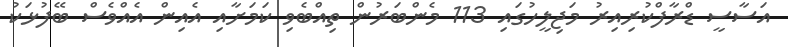
އަސާސީ ޑްރާފްކުރިއިރު މަޖިލީހުގައި 113 މެންބަރުން ތިއްބެވި ކަމަށާއި އެއިން އެއްވެސް ބޭފުޅަކު